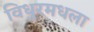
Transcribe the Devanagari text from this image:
विधुरमधला